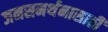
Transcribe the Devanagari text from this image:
जनसमर्थनासाठी